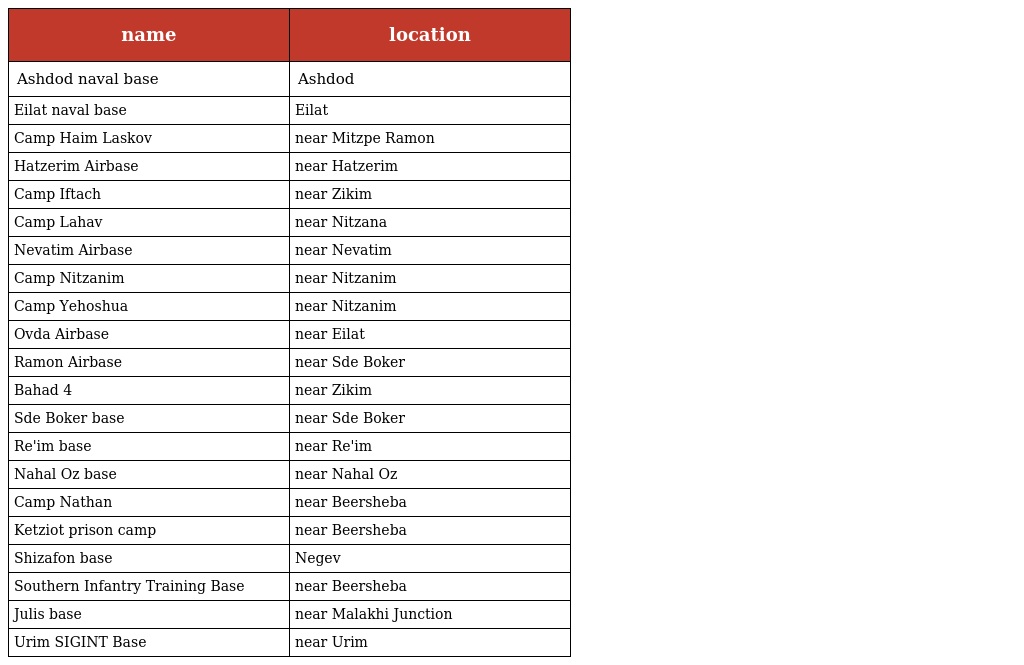
| name | location |
 | --- | --- |
 | Ashdod naval base | Ashdod |
 | Eilat naval base | Eilat |
 | Camp Haim Laskov | near Mitzpe Ramon |
 | Hatzerim Airbase | near Hatzerim |
 | Camp Iftach | near Zikim |
 | Camp Lahav | near Nitzana |
 | Nevatim Airbase | near Nevatim |
 | Camp Nitzanim | near Nitzanim |
 | Camp Yehoshua | near Nitzanim |
 | Ovda Airbase | near Eilat |
 | Ramon Airbase | near Sde Boker |
 | Bahad 4 | near Zikim |
 | Sde Boker base | near Sde Boker |
 | Re'im base | near Re'im |
 | Nahal Oz base | near Nahal Oz |
 | Camp Nathan | near Beersheba |
 | Ketziot prison camp | near Beersheba |
 | Shizafon base | Negev |
 | Southern Infantry Training Base | near Beersheba |
 | Julis base | near Malakhi Junction |
 | Urim SIGINT Base | near Urim |